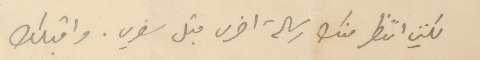
لكنني انتظر منك رسالة اخرى قبل سفري. واقبلك